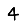
Digit: 4